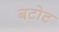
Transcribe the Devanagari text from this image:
बटोट